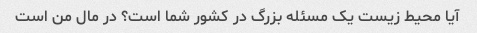
آیا محیط زیست یک مسئله بزرگ در کشور شما است؟ در مال من است